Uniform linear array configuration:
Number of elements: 12
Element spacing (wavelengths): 0.75
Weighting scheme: cosine
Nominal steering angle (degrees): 0
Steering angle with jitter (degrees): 1.952
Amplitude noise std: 0.05
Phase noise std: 0.05

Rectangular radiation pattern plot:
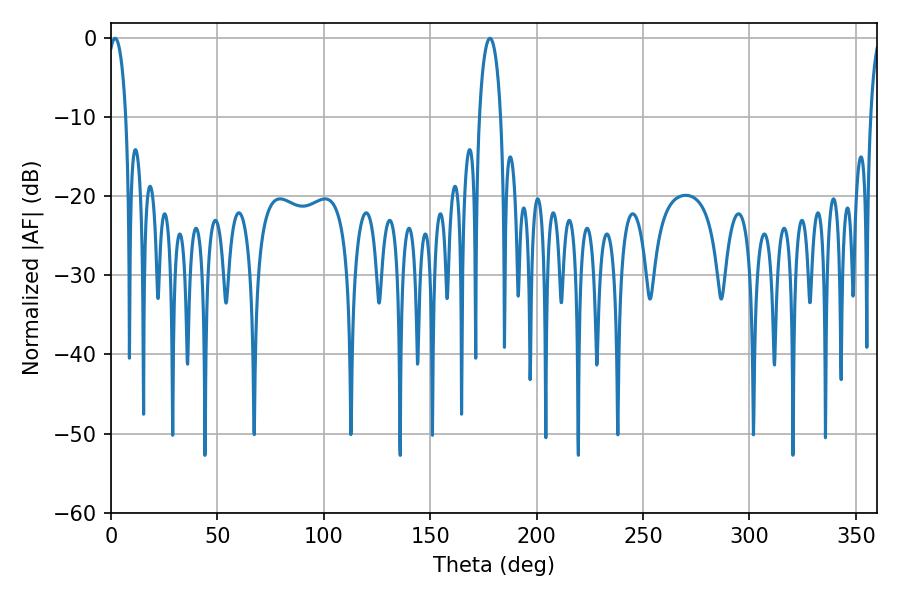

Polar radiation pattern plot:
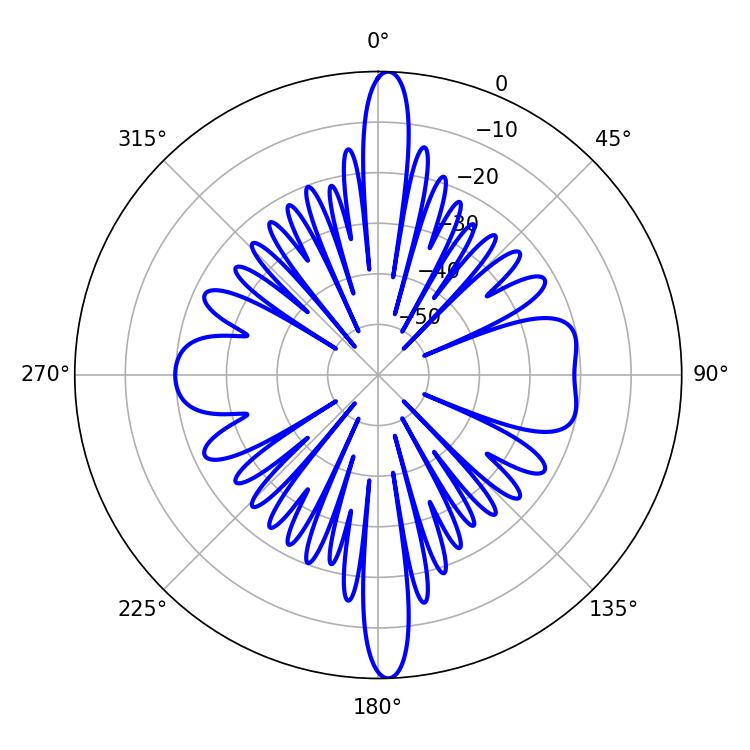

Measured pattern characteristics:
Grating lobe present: TRUE
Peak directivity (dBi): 23.591
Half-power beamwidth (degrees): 5.76
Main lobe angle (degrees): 178.02